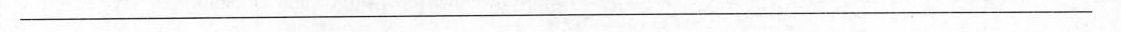
\underline